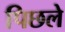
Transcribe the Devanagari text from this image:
पिछले